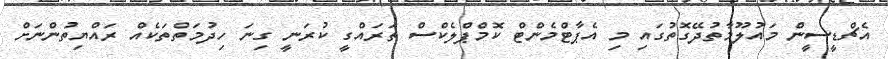
އެޗްޑީސީން މައުލޫމާތުދޭގޮތުގައި މި އެޕާޓްމެންޓްް ކޮމްޕްލެކްސް ތަރައްގީ ކުރަނީ ގިނަ ހިދުމަތްތަކެއް ރައްޔިތުންނަށް